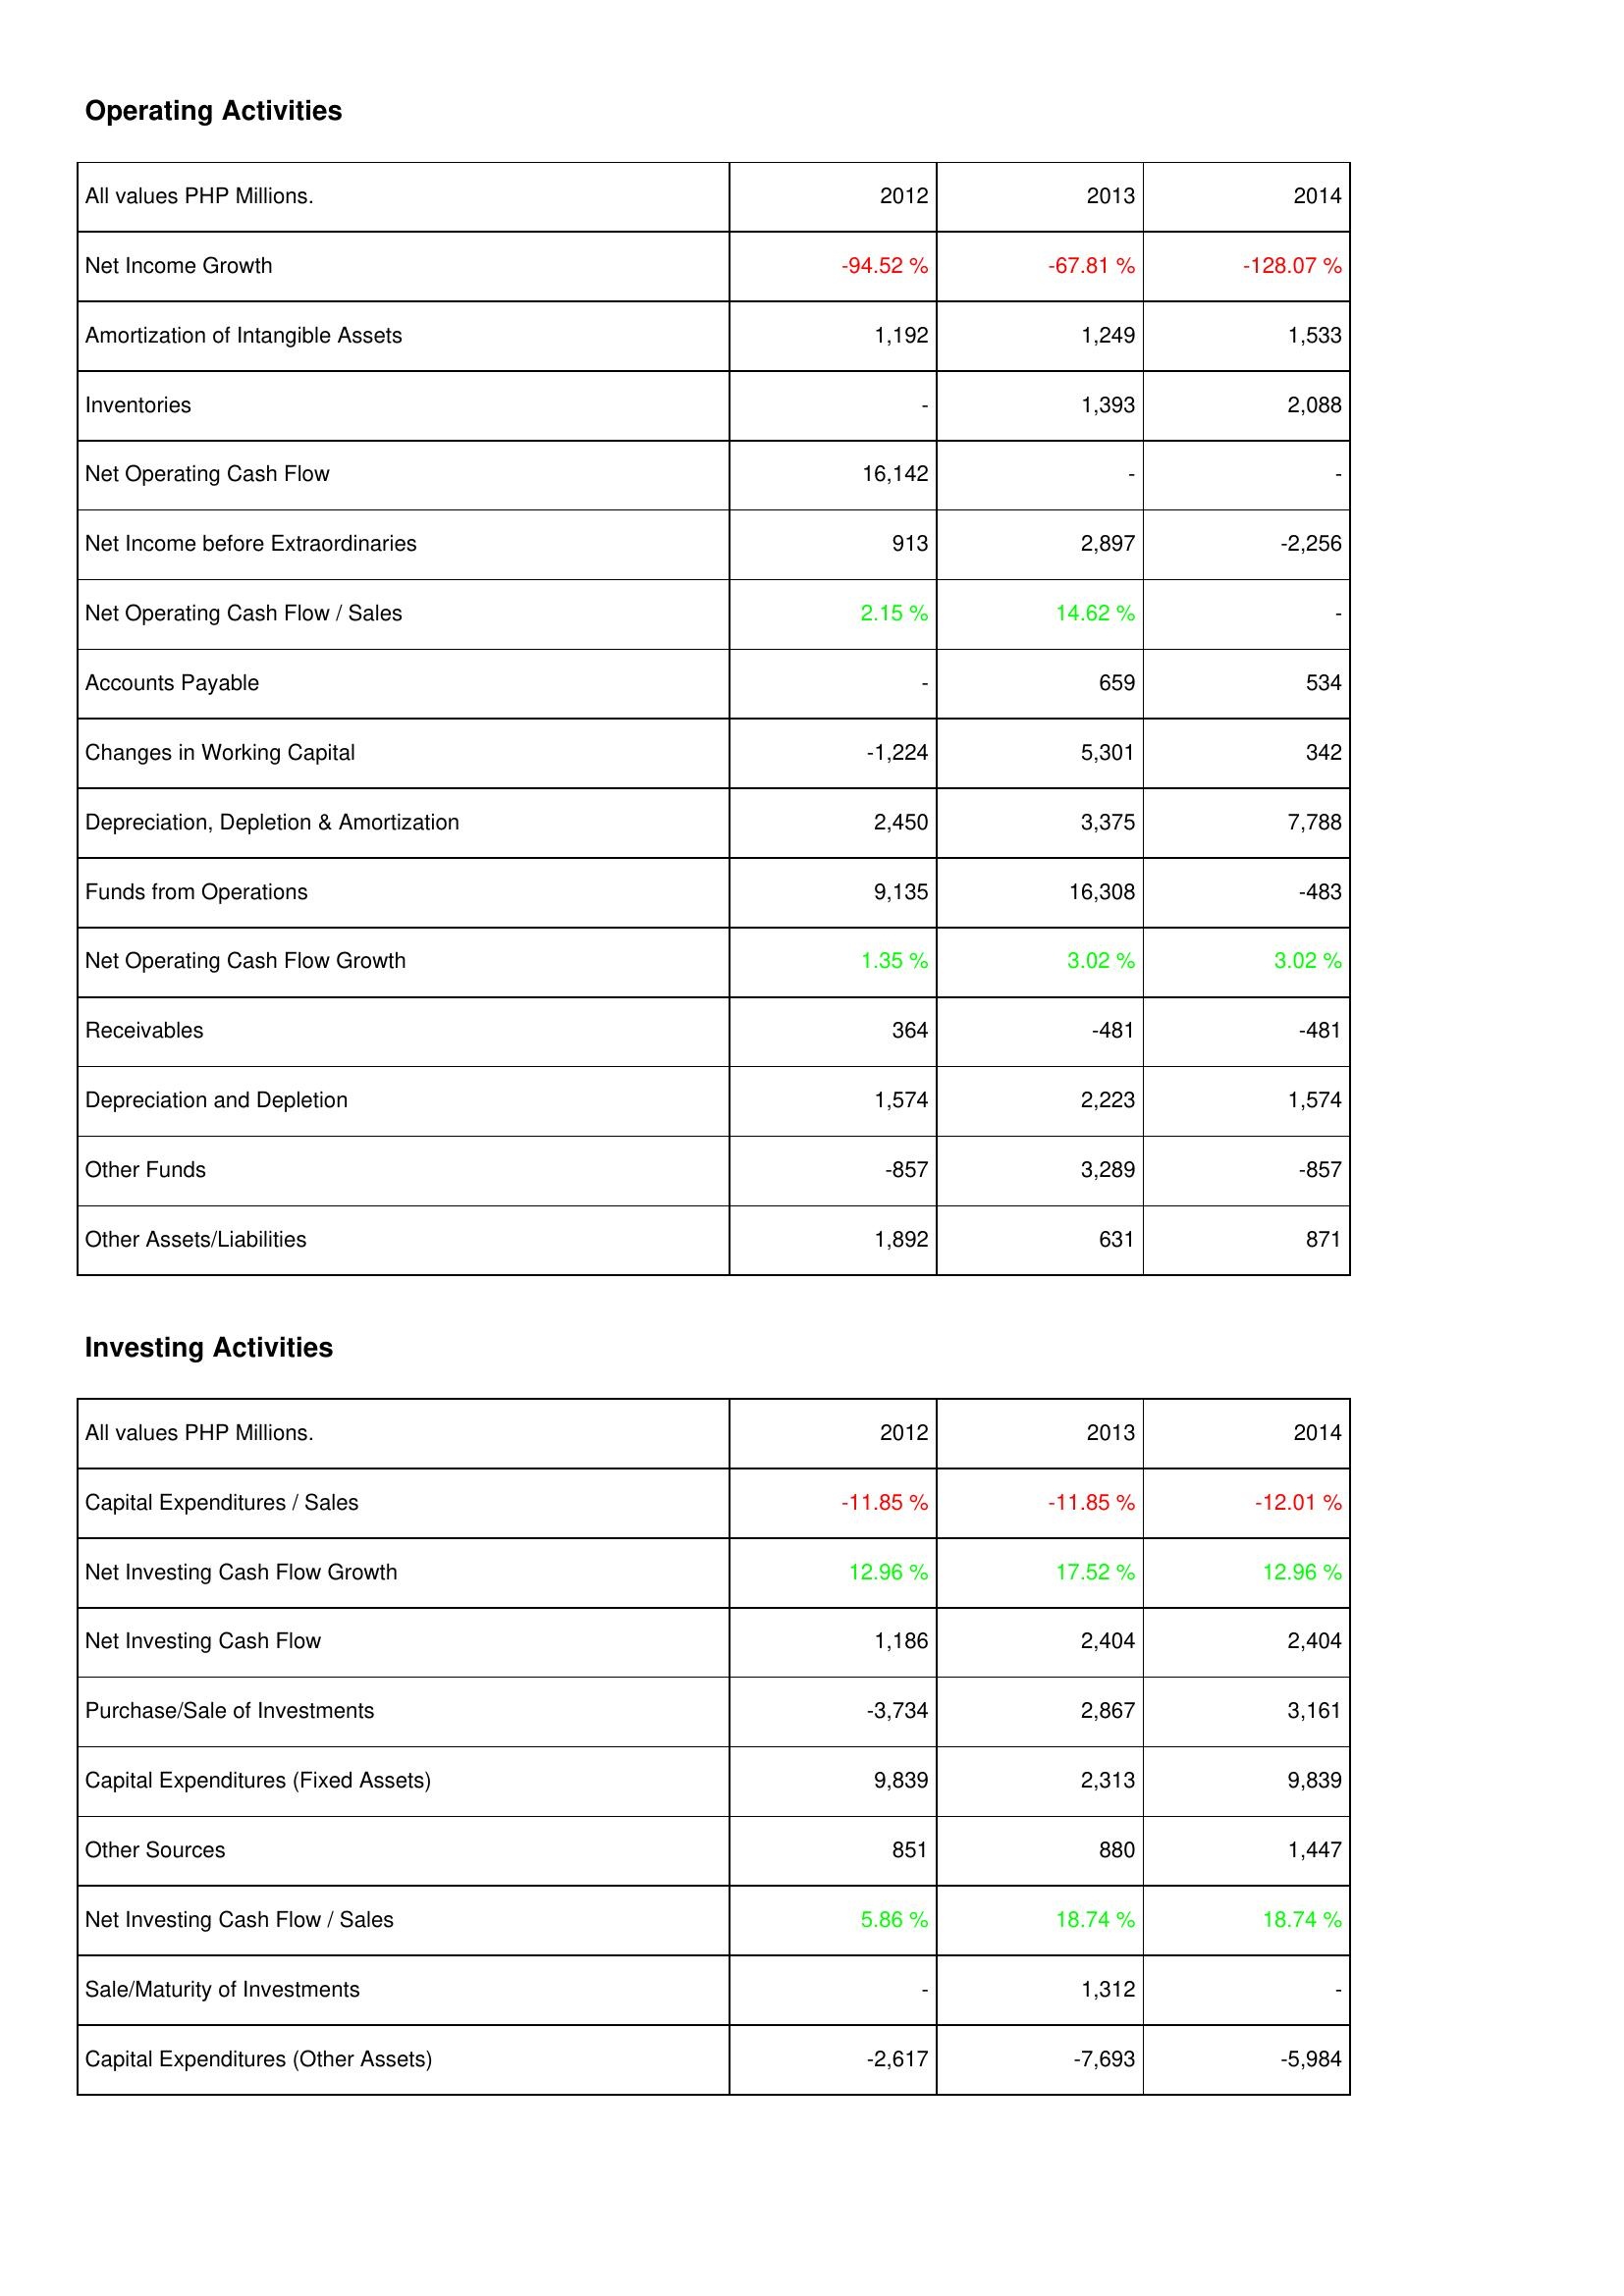
2012: Operating Activities: Net Income Growth: -94.52 %
Amortization of Intangible Assets: 1,192
Inventories: -
Net Operating Cash Flow: 16,142
Net Income before Extraordinaries: 913
Net Operating Cash Flow / Sales: 2.15 %
Accounts Payable: -
Changes in Working Capital: -1,224
Depreciation, Depletion & Amortization: 2,450
Funds from Operations: 9,135
Net Operating Cash Flow Growth: 1.35 %
Receivables: 364
Depreciation and Depletion: 1,574
Other Funds: -857
Other Assets/Liabilities: 1,892
Investing Activities: Capital Expenditures / Sales: -11.85 %
Net Investing Cash Flow Growth: 12.96 %
Net Investing Cash Flow: 1,186
Purchase/Sale of Investments: -3,734
Capital Expenditures (Fixed Assets): 9,839
Other Sources: 851
Net Investing Cash Flow / Sales: 5.86 %
Sale/Maturity of Investments: -
Capital Expenditures (Other Assets): -2,617
2013: Operating Activities: Net Income Growth: -67.81 %
Amortization of Intangible Assets: 1,249
Inventories: 1,393
Net Operating Cash Flow: -
Net Income before Extraordinaries: 2,897
Net Operating Cash Flow / Sales: 14.62 %
Accounts Payable: 659
Changes in Working Capital: 5,301
Depreciation, Depletion & Amortization: 3,375
Funds from Operations: 16,308
Net Operating Cash Flow Growth: 3.02 %
Receivables: -481
Depreciation and Depletion: 2,223
Other Funds: 3,289
Other Assets/Liabilities: 631
Investing Activities: Capital Expenditures / Sales: -11.85 %
Net Investing Cash Flow Growth: 17.52 %
Net Investing Cash Flow: 2,404
Purchase/Sale of Investments: 2,867
Capital Expenditures (Fixed Assets): 2,313
Other Sources: 880
Net Investing Cash Flow / Sales: 18.74 %
Sale/Maturity of Investments: 1,312
Capital Expenditures (Other Assets): -7,693
2014: Operating Activities: Net Income Growth: -128.07 %
Amortization of Intangible Assets: 1,533
Inventories: 2,088
Net Operating Cash Flow: -
Net Income before Extraordinaries: -2,256
Net Operating Cash Flow / Sales: -
Accounts Payable: 534
Changes in Working Capital: 342
Depreciation, Depletion & Amortization: 7,788
Funds from Operations: -483
Net Operating Cash Flow Growth: 3.02 %
Receivables: -481
Depreciation and Depletion: 1,574
Other Funds: -857
Other Assets/Liabilities: 871
Investing Activities: Capital Expenditures / Sales: -12.01 %
Net Investing Cash Flow Growth: 12.96 %
Net Investing Cash Flow: 2,404
Purchase/Sale of Investments: 3,161
Capital Expenditures (Fixed Assets): 9,839
Other Sources: 1,447
Net Investing Cash Flow / Sales: 18.74 %
Sale/Maturity of Investments: -
Capital Expenditures (Other Assets): -5,984